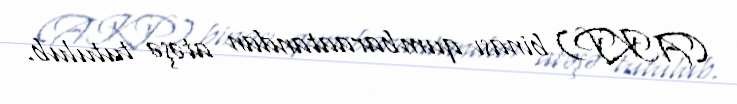
(AKP) binası qumbaraatandan atəşə tutulub.